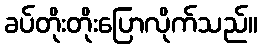
ခပ်တိုးတိုးပြောလိုက်သည်။